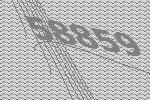
58859